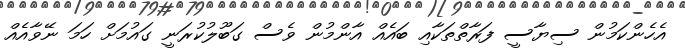
އެހެންކަމުން ސިޔާސީ ފަރާތްތަކާއި ބައެއް އާންމުން ވެސް ގަބޫލުކުރަނީ ގައުމަށް ހަމަ ނޭވާއެއް